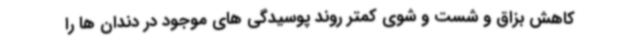
کاهش بزاق و شست و شوی کمتر روند پوسیدگی های موجود در دندان ها را